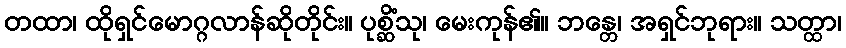
တထာ၊ ထိုရှင်မောဂ္ဂလာန်ဆိုတိုင်း။ ပုစ္ဆိံသု၊ မေးကုန်၏။ ဘန္တေ၊ အရှင်ဘုရား။ သတ္ထာ၊